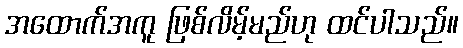
အထောက်အကူ ဖြစ်လိမ့်မည်ဟု ထင်ပါသည်။